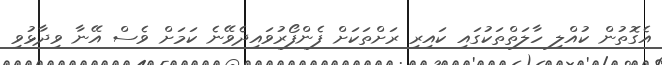
އެގޮތުން ކުއްލި ހާލަތްތަކުގައި ކައިރި ރަށްތަކަށް ފެންފޯރުވައިދެވޭނެ ކަމަށް ވެސް އޭނާ ވިދާޅުވި